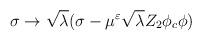
LaTeX: \begin{align*}\sigma \rightarrow \sqrt{\lambda}( \sigma- \mu^\varepsilon \sqrt{\lambda}Z_2 \phi_c \phi )\end{align*}